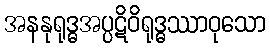
အနနုရုဒ္ဓအပ္ပဋိဝိရုဒ္ဓဿာဝုသော